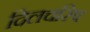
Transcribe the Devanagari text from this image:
दिलचस्पि